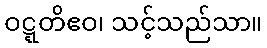
ဝဋ္ဋတိဧဝ၊ သင့်သည်သာ။